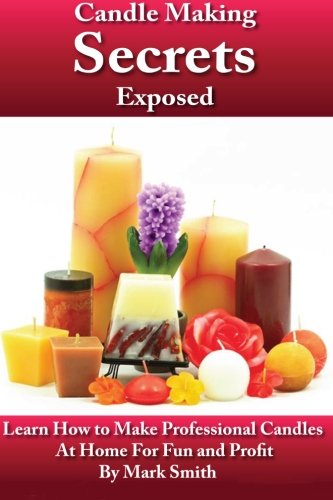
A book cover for Candle Making Secrets Exposed: Learn How To Make Professional Candles At Home For Fun And Profit; Mark Smith; Crafts, Hobbies & Home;